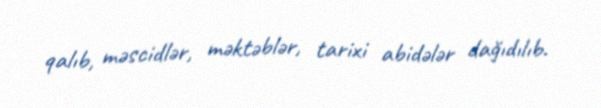
qalıb, məscidlər, məktəblər, tarixi abidələr dağıdılıb.